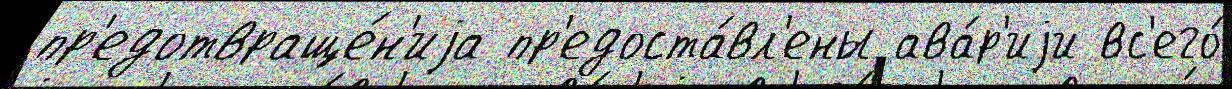
пр'едотвраще́н'иjа пр'едоста́вл'ены ава́р'иjи вс'его́